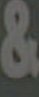
&